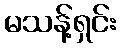
မသန့်ရှင်း